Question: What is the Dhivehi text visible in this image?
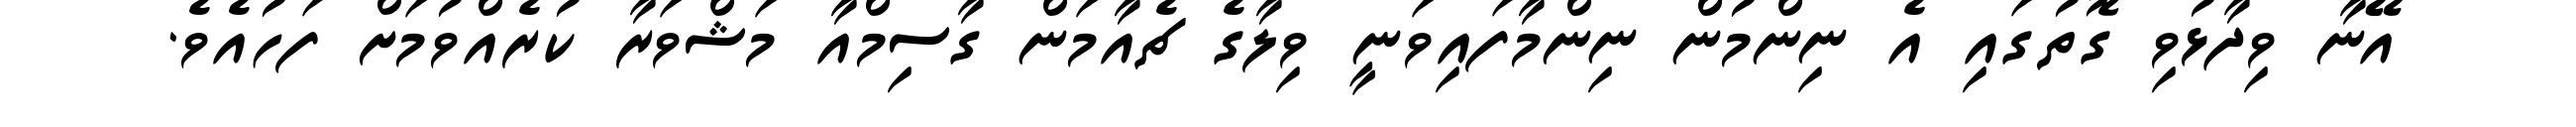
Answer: އޭނާ ވިދާޅުވި ގޮތުގައި އެ ނިންމުން ނިންމާފައިވަނީ ވިލާގެ ޗެއާމަން ގާސިމްއާ މަޝްވަރާ ކުރެއްވުމަށް ފަހުއެވެ.